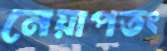
নেয়াপতং